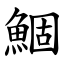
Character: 鯝